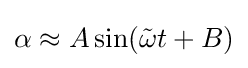
\alpha \approx A\sin({\tilde {\omega }}t+B)